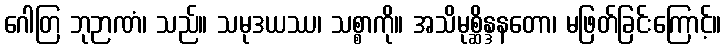
ဂေါတြ ဘုဉာဏံ၊ သည်။ သမုဒယဿ၊ သစ္စာကို။ အသိမုစ္ဆိန္ဒနတော၊ မဖြတ်ခြင်းကြောင့်။